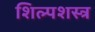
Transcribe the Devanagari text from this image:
शिल्पशस्त्र